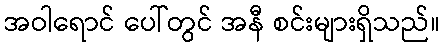
အဝါရောင် ပေါ်တွင် အနီ စင်းများရှိသည်။